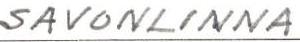
SAVONLINNA